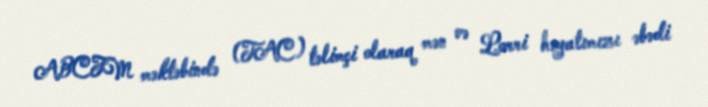
ABCFM məktəbində (TAC) təlimçi olaraq mən və Lorri həyatımızı əbədi